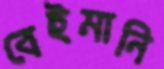
বেইমানি